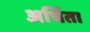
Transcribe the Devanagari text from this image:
अर्चिता